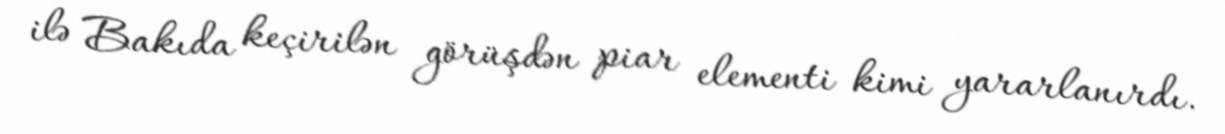
ilə Bakıda keçirilən görüşdən piar elementi kimi yararlanırdı.